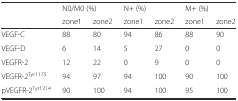
<table><thead><tr><td rowspan="2"></td><td colspan="2"><b>N0/M0 (%)</b></td><td colspan="2"><b>N+ (%)</b></td><td colspan="2"><b>M+ (%)</b></td></tr><tr><td><b>zone1</b></td><td><b>zone2</b></td><td><b>zone1</b></td><td><b>zone2</b></td><td><b>zone1</b></td><td><b>zone2</b></td></tr></thead><tbody><tr><td>VEGF-C</td><td>88</td><td>80</td><td>94</td><td>86</td><td>88</td><td>90</td></tr><tr><td>VEGF-D</td><td>6</td><td>14</td><td>5</td><td>27</td><td>0</td><td>0</td></tr><tr><td>VEGFR-2</td><td>12</td><td>22</td><td>0</td><td>9</td><td>0</td><td>0</td></tr><tr><td>VEGFR-2<sup>Tyr1175</sup></td><td>94</td><td>97</td><td>94</td><td>100</td><td>90</td><td>100</td></tr><tr><td>pVEGFR-2<sup>Tyr1214</sup></td><td>90</td><td>100</td><td>94</td><td>100</td><td>95</td><td>100</td></tr></tbody></table>